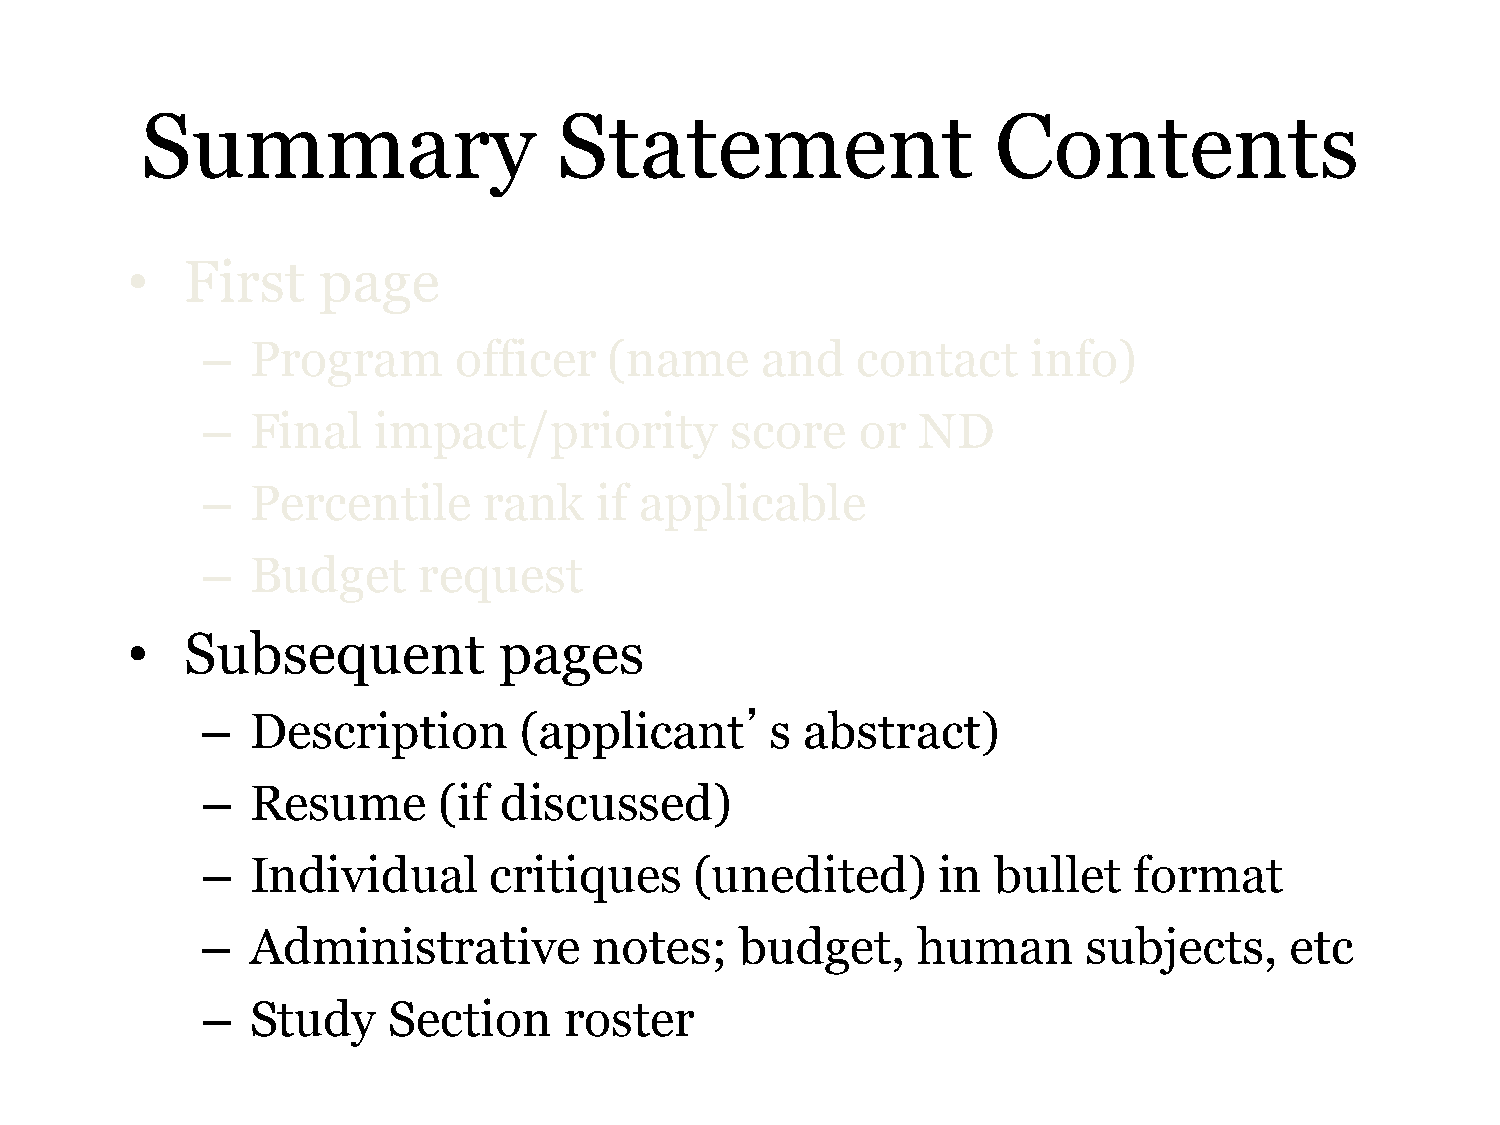
Summary                     Statement                    Contents
 •   First    page
 –   Program      officer   (name     and    contact    info)
 –   Final   impact/priority        score    or  ND
 –   Percentile     rank    if applicable
 –   Budget     request
 •   Subsequent           pages
 –   Description      (applicant’s       abstract)
 –   Resume      (if discussed)
 –   Individual     critiques     (unedited)      in  bullet   format
 –   Administrative        notes;    budget,     human      subjects,    etc
 –   Study    Section    roster